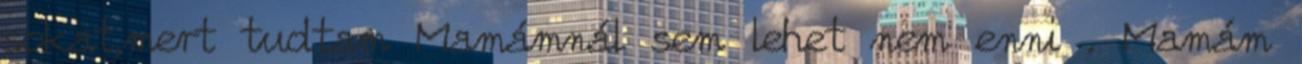
sokat,mert tudtam Mamámnál sem lehet nem enni . Mamám